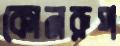
কোনরূপ